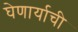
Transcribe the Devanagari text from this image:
घेणार्याची